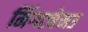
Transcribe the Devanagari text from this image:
मिंगट्येनउ